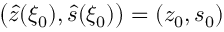
\big ( \hat { z } ( \xi _ { 0 } ) , \hat { s } ( \xi _ { 0 } ) \big ) = ( z _ { 0 } , s _ { 0 } )